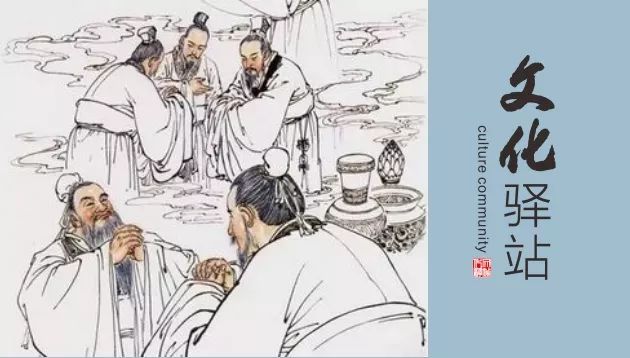
博学而详说之，将以反说约也。